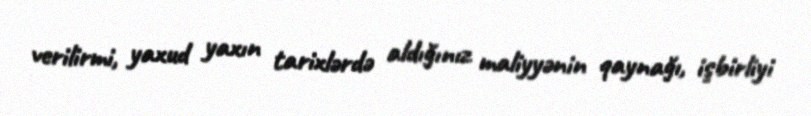
verilirmi, yaxud yaxın tarixlərdə aldığınız maliyyənin qaynağı, işbirliyi